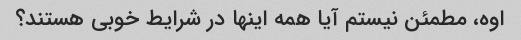
اوه، مطمئن نیستم آیا همه اینها در شرایط خوبی هستند؟